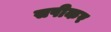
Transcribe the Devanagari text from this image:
सपीकर